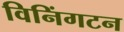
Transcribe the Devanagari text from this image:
विनिंगटन